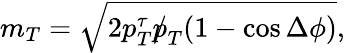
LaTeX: m_{T}=\sqrt{2p_{T}^{\tau}{p\! \! \! /}_{T}(1-\cos\Delta\phi)},